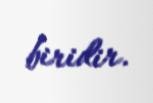
biridir.